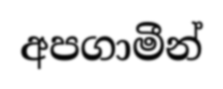
අපගාමීන්